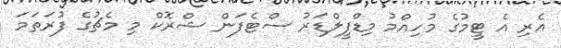
އެރި އެ ޓީމުގެ މުހިއްމު މިޑްފީލްޑަރު ސްޓެފަން ޝްރޮކް މި މެޗުގެ ފުރަތަމަ